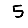
Digit: 5